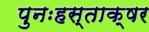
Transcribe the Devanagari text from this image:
पुनःहस्ताक्षर